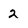
Character: 2